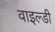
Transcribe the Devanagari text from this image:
वाइल्डी